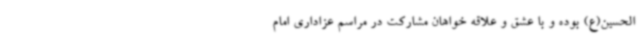
الحسین(ع) بوده و با عشق و علاقه خواهان مشارکت در مراسم عزاداری امام